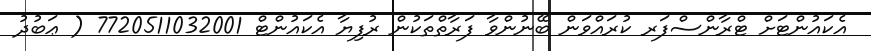
އެކައުންޓަށް ޓްރާންސްފަރ ކުރައްވަން ބޭނުންވާ ފަރާތްތަކުން ރުފިޔާ އެކައުންޓް 7720511032001 ( ޢަބުދު